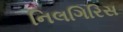
નિલગિરિસ